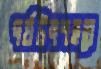
পর্যটনশহরে